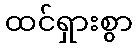
ထင်ရှားစွာ